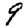
Digit: 9